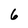
Character: 6